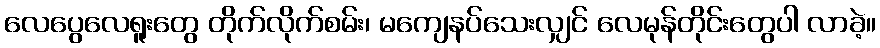
လေပွေလေရူးတွေ တိုက်လိုက်စမ်း၊ မကျေနပ်သေးလျှင် လေမုန်တိုင်းတွေပါ လာခဲ့။